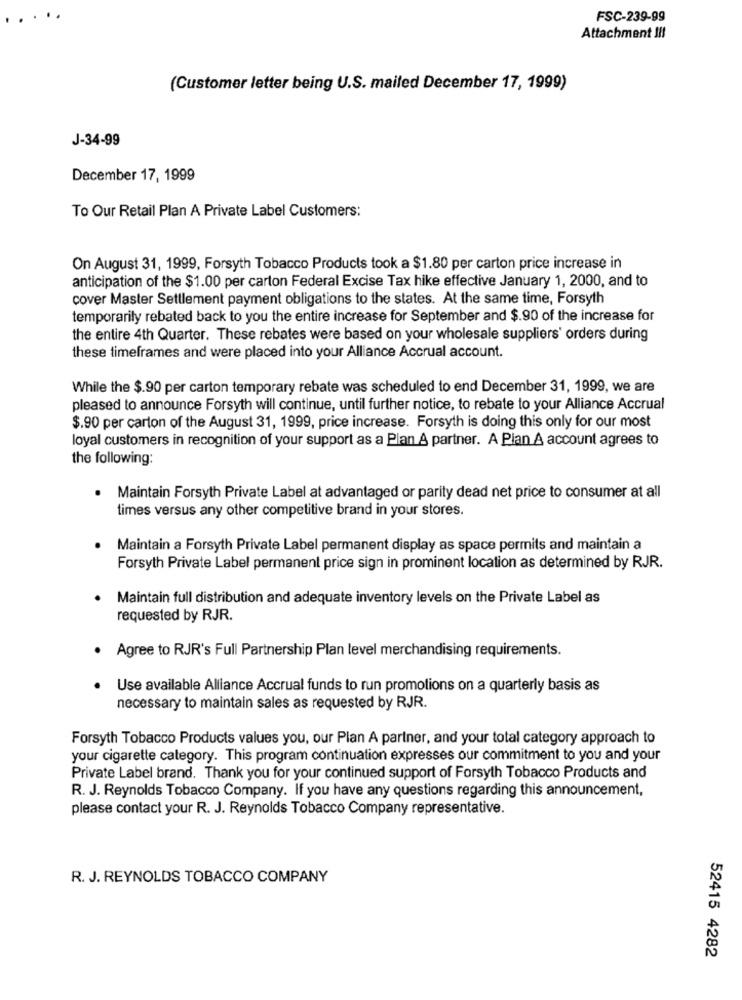
FSC-239-99
Attachment !!!
(Customer letter being U.S. mailed December 17, 1999)
J-34-99
December 17, 1999
To Our Retail Plan A Private Label Customers:
On August 31, 1999, Forsyth Tobacco Products took a $1.80 per carton price increase in
anticipation of the $1.00 per carton Federal Excise Tax hike effective January 1, 2000, and to
cover Master Settlement payment obligations to the states. At the same time, Forsyth
temporarily rebated back to you the entire increase for September and $.90 of the increase for
the entire 4th Quarter. These rebates were based on your wholesale suppliers' orders during
these timeframes and were placed into your Alliance Accrual account.
While the $.90 per carton temporary rebate was scheduled to end December 31, 1999, we are
pleased to announce Forsyth will continue, until further notice, to rebate to your Alliance Accrual
$.90 per carton of the August 31, 1999, price increase. Forsyth is doing this only for our most
loyal customers in recognition of your support as a Plan A partner. A Pian A account agrees to
the following:
Maintain Forsyth Private Label at advantaged or parity dead net price to consumer at all
times versus any other competitive brand in your stores.
Maintain a Forsyth Private Label permanent display as space permits and maintain a
Forsyth Private Label permanent price sign in prominent location as determined by RJR.
Maintain full distribution and adequate inventory levels on the Private Label as
requested by RJR.
Agree to RJR's Full Partnership Plan level merchandising requirements.
Use available Alliance Accrual funds to run promotions on a quarterly basis as
necessary to maintain sales as requested by RJR.
Forsyth Tobacco Products values you, our Plan A partner, and your total category approach to
your cigarette category. This program continuation expresses our commitment to you and your
Private Label brand. Thank you for your continued support of Forsyth Tobacco Products and
R. J. Reynolds Tobacco Company. If you have any questions regarding this announcement,
please contact your R. J. Reynolds Tobacco Company representative.
R. J. REYNOLDS TOBACCO COMPANY
52415 4282